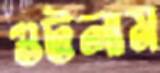
গুটলাম